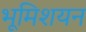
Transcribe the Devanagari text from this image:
भूमिशयन